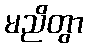
မညိတွာ